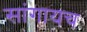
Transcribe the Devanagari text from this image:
सांगायच